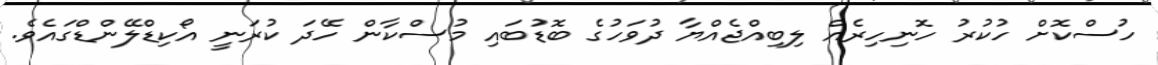
ހުސްކޮށް ހުކުރު ހޮނިހިރެއް ލިބިއްޖެއްޔާ ދުވަހުގެ ބޮޑުބައި މުސްކާން ހޭދަ ކުރަނީ އޯކިޑްލޭންޑްގައެވެ.